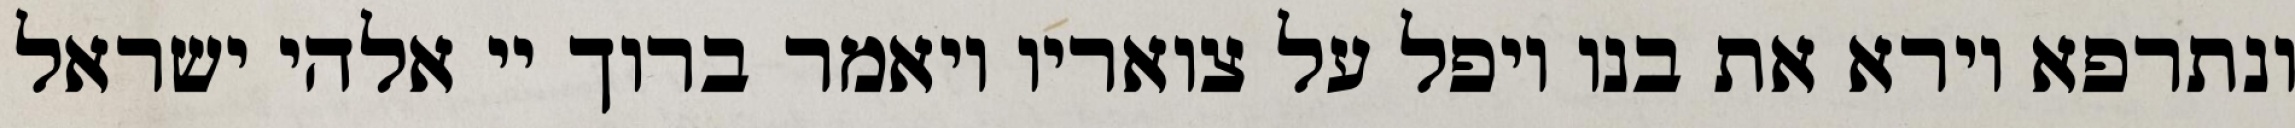
ונתרפא וירא את בנו ויפל על צואריו ויאמר ברוך יי אלהי ישראל